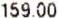
159.00